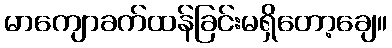
မာကျောခက်ထန်ခြင်းမရှိတော့ချေ။